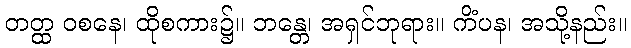
တတ္ထ ဝစနေ၊ ထိုစကား၌။ ဘန္တေ၊ အရှင်ဘုရား။ ကိံပန၊ အသို့နည်း။